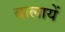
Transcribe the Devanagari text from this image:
बालायें